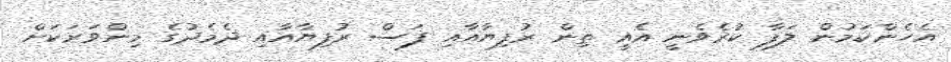
އެހެންކަމުން ލަފާ ކުރެވެނީ އެއީ ތިން ރުފިޔާއާއި ފަސް ރުފިޔާއާއި ދެމެދުގެ މިންވަރަކަށް